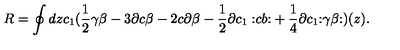
R = \oint d z c _ { 1 } ( \frac 1 2 \gamma \beta - 3 \partial c \beta - 2 c \partial \beta - \frac 1 2 \partial c _ { 1 } { \bf : } c b { \bf : } + \frac 1 4 \partial c _ { 1 } { \bf : } \gamma \beta { \bf : } ) ( z ) .